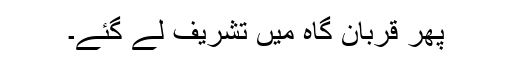
پھر قربان گاہ میں تشریف لے گئے۔